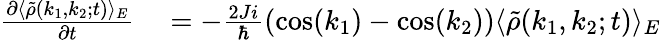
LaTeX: \begin{array}{rl}{\frac{\partial\langle\tilde{\rho}(k_{1},k_{2};t)\rangle_{E}}{\partial t}}&{{}=-\frac{2Ji}{\hbar}(\cos(k_{1})-\cos(k_{2}))\langle\tilde{\rho}(k_{1},k_{2};t)\rangle_{E}}\end{array}